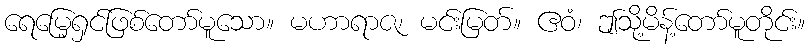
ရေမြေ့ရှင်ဖြစ်တော်မူသော။ မဟာရာဇ၊ မင်းမြတ်။ ဧဝံ၊ ဤသို့မိန့်တော်မူတိုင်း။